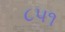
૮૫૧